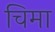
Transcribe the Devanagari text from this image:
चिमा